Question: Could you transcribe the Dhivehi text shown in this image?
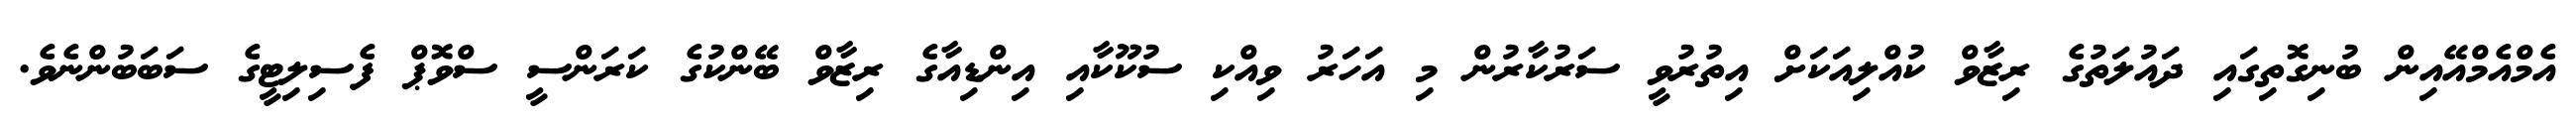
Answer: އެމްއެމްއޭއިން ބުނިގޮތިގައި ދައުލަތުގެ ރިޒާވް ކުއްލިއަކަށް އިތުރުވީ ސަރުކާރުން މި އަހަރު ވިއްކި ސުކޫކާއި އިންޑިއާގެ ރިޒާވް ބޭންކުގެ ކަރަންސީ ސްވޮޕް ފެސިލިޓީގެ ސަބަބުންނެވެ.